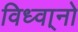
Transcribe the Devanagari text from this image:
विध्वा्नो